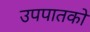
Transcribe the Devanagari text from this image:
उपपातकों